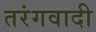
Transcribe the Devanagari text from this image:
तरंगवादी